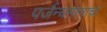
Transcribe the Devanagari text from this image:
पर्जन्यमानाचा